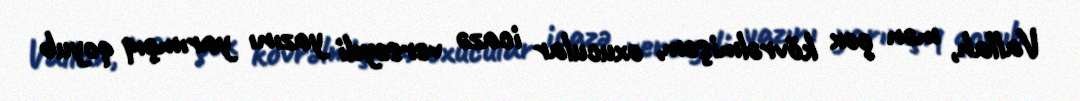
Vallah, mən çox kövrəlmişəm, oxucular icazə versəydi yazını yarımçıq qoyub